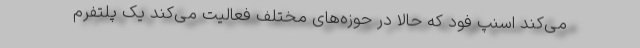
می‌کند اسنپ فود که حالا در حوزه‌های مختلف فعالیت می‌کند یک پلتفرم